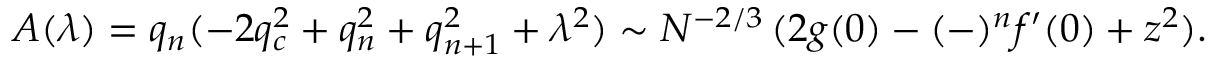
A ( \lambda ) = q _ { n } ( - 2 q _ { c } ^ { 2 } + q _ { n } ^ { 2 } + q _ { n + 1 } ^ { 2 } + \lambda ^ { 2 } ) \sim N ^ { - 2 / 3 } \, ( 2 g ( 0 ) - ( - ) ^ { n } f ^ { \prime } ( 0 ) + z ^ { 2 } ) .